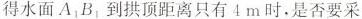
得水面 A_{1}B_{1} 到拱顶距离只有4m时，是否要采